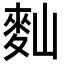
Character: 䴮